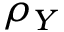
\rho _ { Y }